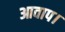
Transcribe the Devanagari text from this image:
आवाप।